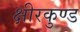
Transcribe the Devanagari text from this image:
क्षीरकुण्ड